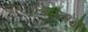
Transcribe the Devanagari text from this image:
पाउलिस्तांचा